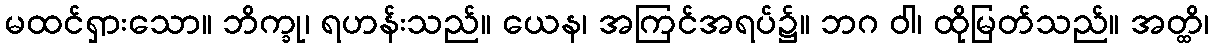
မထင်ရှားသော။ ဘိက္ခု၊ ရဟန်းသည်။ ယေန၊ အကြင်အရပ်၌။ ဘဂ ဝါ၊ ထိုမြတ်သည်။ အတ္ထိ၊